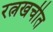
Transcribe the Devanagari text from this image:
रत्नखचीत